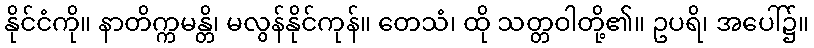
နိုင်ငံကို။ နာတိက္ကမန္တိ၊ မလွန်နိုင်ကုန်။ တေသံ၊ ထို သတ္တဝါတို့၏။ ဥပရိ၊ အပေါ်၌။